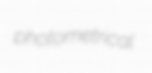
photometrical